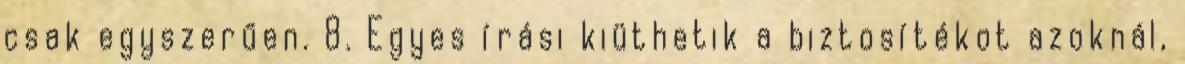
csak egyszerűen. 8. Egyes írási kiüthetik a biztosítékot azoknál,